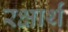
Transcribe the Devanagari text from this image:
रक्षार्थं